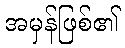
အမှန်ဖြစ်၏